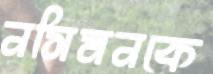
নসিমনকে